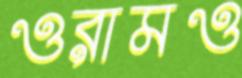
ওরামও